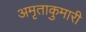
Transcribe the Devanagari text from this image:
अमृताकुमारी